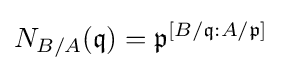
N_{B/A}({\mathfrak {q}})={\mathfrak {p}}^{[B/{\mathfrak {q}}:A/{\mathfrak {p}}]}